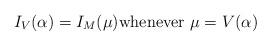
LaTeX: \begin{align*} I_V(\alpha) = I_M(\mu) \textrm{whenever } \mu = V(\alpha)\end{align*}